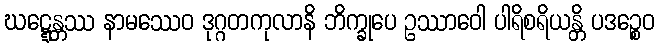
ဃဋ္ဋေန္တဿ နာမဿေဝ ဒုဂ္ဂတကုလာနိ ဘိက္ခုပေ ဥဿာဝေါ ပါရိစရိယန္တိ ပဒဉ္စေဝ